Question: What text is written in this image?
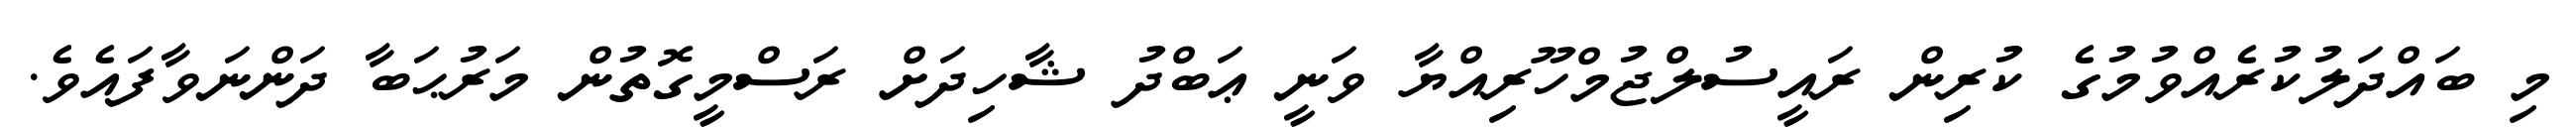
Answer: މި ބައްދަލުކުރެއްވުމުގެ ކުރިން ރައީސުލްޖުމްހޫރިއްޔާ ވަނީ ޢަބްދު ޝާހިދަށް ރަސްމީގޮތުން މަރުޙަބާ ދަންނަވާފައެވެ.